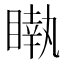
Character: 𥊝